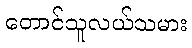
တောင်သူလယ်သမား